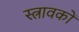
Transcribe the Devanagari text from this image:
स्त्रावकों